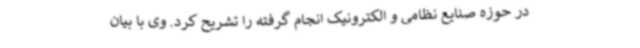
در حوزه صنایع نظامی و الکترونیک انجام گرفته را تشریح کرد. وی با بیان